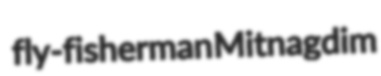
fly-fisherman Mitnagdim